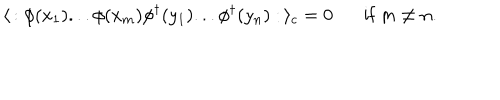
LaTeX: \langle \, : \phi ( x _ { 1 } ) . . . \phi ( x _ { m } ) \phi ^ { \dagger } ( y _ { 1 } ) . . . \phi ^ { \dagger } ( y _ { n } ) : \, \rangle _ { c } = 0 \mathrm { i f } \; m \neq n .